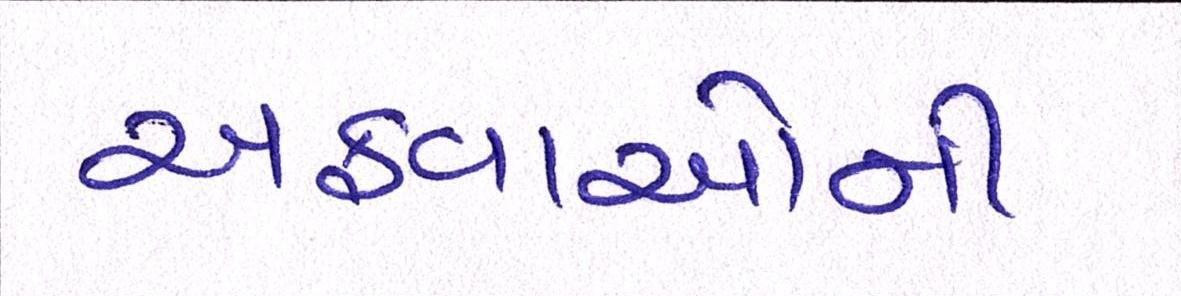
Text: અફવાઓની